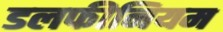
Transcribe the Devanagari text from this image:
डलफीनियम